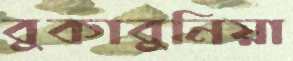
বুকাবুনিয়া